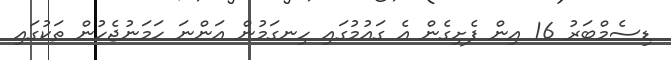
ޑިސެމްބަރު 16 އިން ފެށިގެން އެ ގައުމުގައި ހިނގަމުން އަންނަ ހަމަނުޖެހުން ތަކުގައި